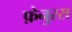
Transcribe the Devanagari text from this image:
फ़ेनुरस